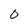
Character: 0